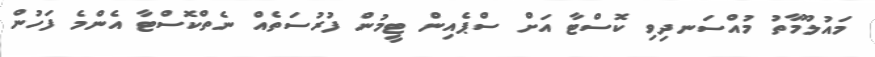
މައުލޫމާތު މުއްސަނދިވި ކޮސްޓާ އަށް ސްޕެއިން ޓީމުން ފުރުސަތެއް ނެތްކޮސްޓާ އެންމެ ފަހުން